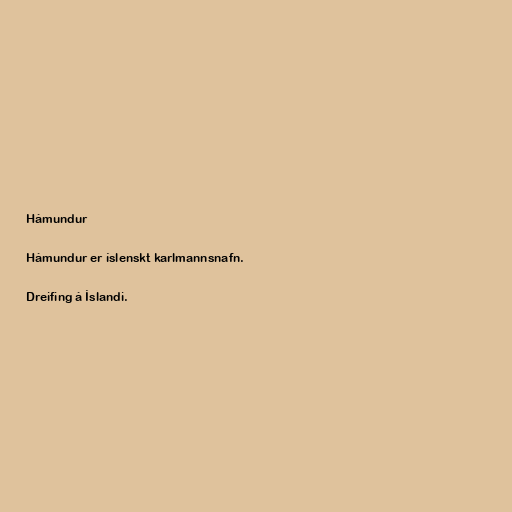
Hámundur

Hámundur er íslenskt karlmannsnafn.

Dreifing á Íslandi.